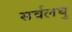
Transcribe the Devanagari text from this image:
सर्वलघु